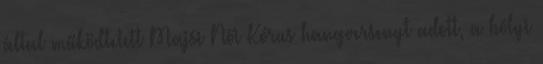
által működtetett Majsi Női Kórus hangversenyt adott, a bólyi